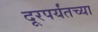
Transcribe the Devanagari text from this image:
दूरपर्यंतच्या